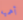
أهميه